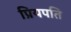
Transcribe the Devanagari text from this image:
प्रियपति